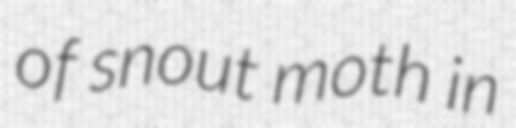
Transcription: of snout moth in